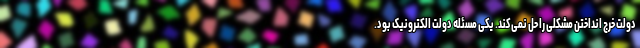
دولت خرج انداختن مشکلی را حل نمی‌کند. یکی مسئله دولت الکترونیک بود.